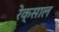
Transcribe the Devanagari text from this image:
रेक्साल